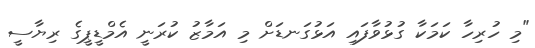
"މި ހުރިހާ ކަމަކާ ގުޅުވާފައި އަޅުގަނޑަށް މި އަމާޒު ކުރަނީ އެމްޑީޕީގެ ރިޔާސީ